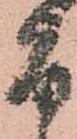
旨